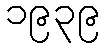
၁၉၃၉